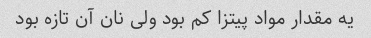
یه مقدار مواد پیتزا کم بود ولی نان آن تازه بود